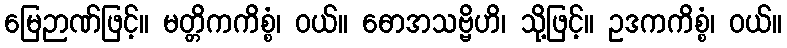
မြေဉာဏ်ဖြင့်။ မတ္တိကကိစ္စံ၊ ဝယ်။ ဓောအသဗ္ဗိဟိ၊ သို့ဖြင့်။ ဥဒကကိစ္စံ၊ ဝယ်။